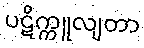
ပဋိက္ကူလျတာ